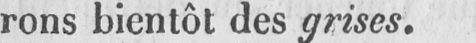
rons bientôt des grises.